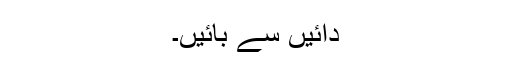
دائیں سے بائیں۔